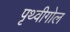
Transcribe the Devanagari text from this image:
पृथ्वीगोल